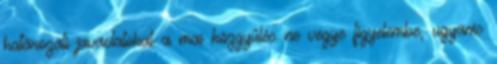
határozati javaslatokat a mai közgyűlés ne vegye figyelembe, ugyanis